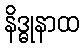
နိဒ္ဓုနာထ